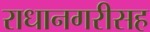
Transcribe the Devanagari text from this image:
राधानगरीसह